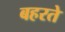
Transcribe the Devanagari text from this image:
बहरते